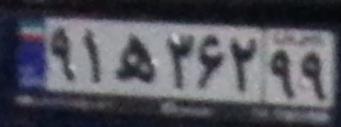
۹۱ه۳۶۲۹۹